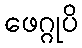
ဖေဂ္ဂုပိ